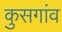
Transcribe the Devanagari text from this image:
कुसगांव